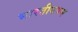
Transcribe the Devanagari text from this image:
भारतीयपण